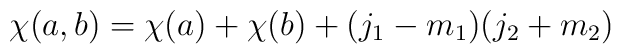
\chi(a,b)=\chi(a)+\chi(b)+(j_{1}-m_{1}) (j_{2}+m_{2})